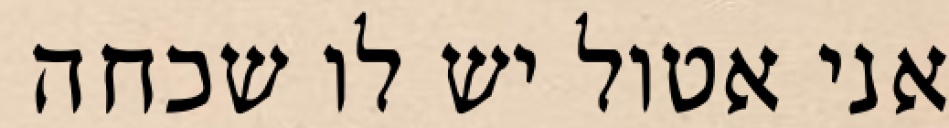
אני אטול יש לו שכחה